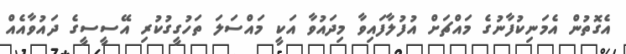
އެގޮތުން އެމަނިކުފާނުގެ މައްޗަށް އުފުލާފައިވާ މިދައުވާ އަކީ މައްސަލަ ތަހުގީގުކުރި އޭސީސީގެ ދައުވާއެއް